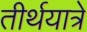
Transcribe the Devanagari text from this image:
तीर्थयात्रे